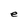
Character: e